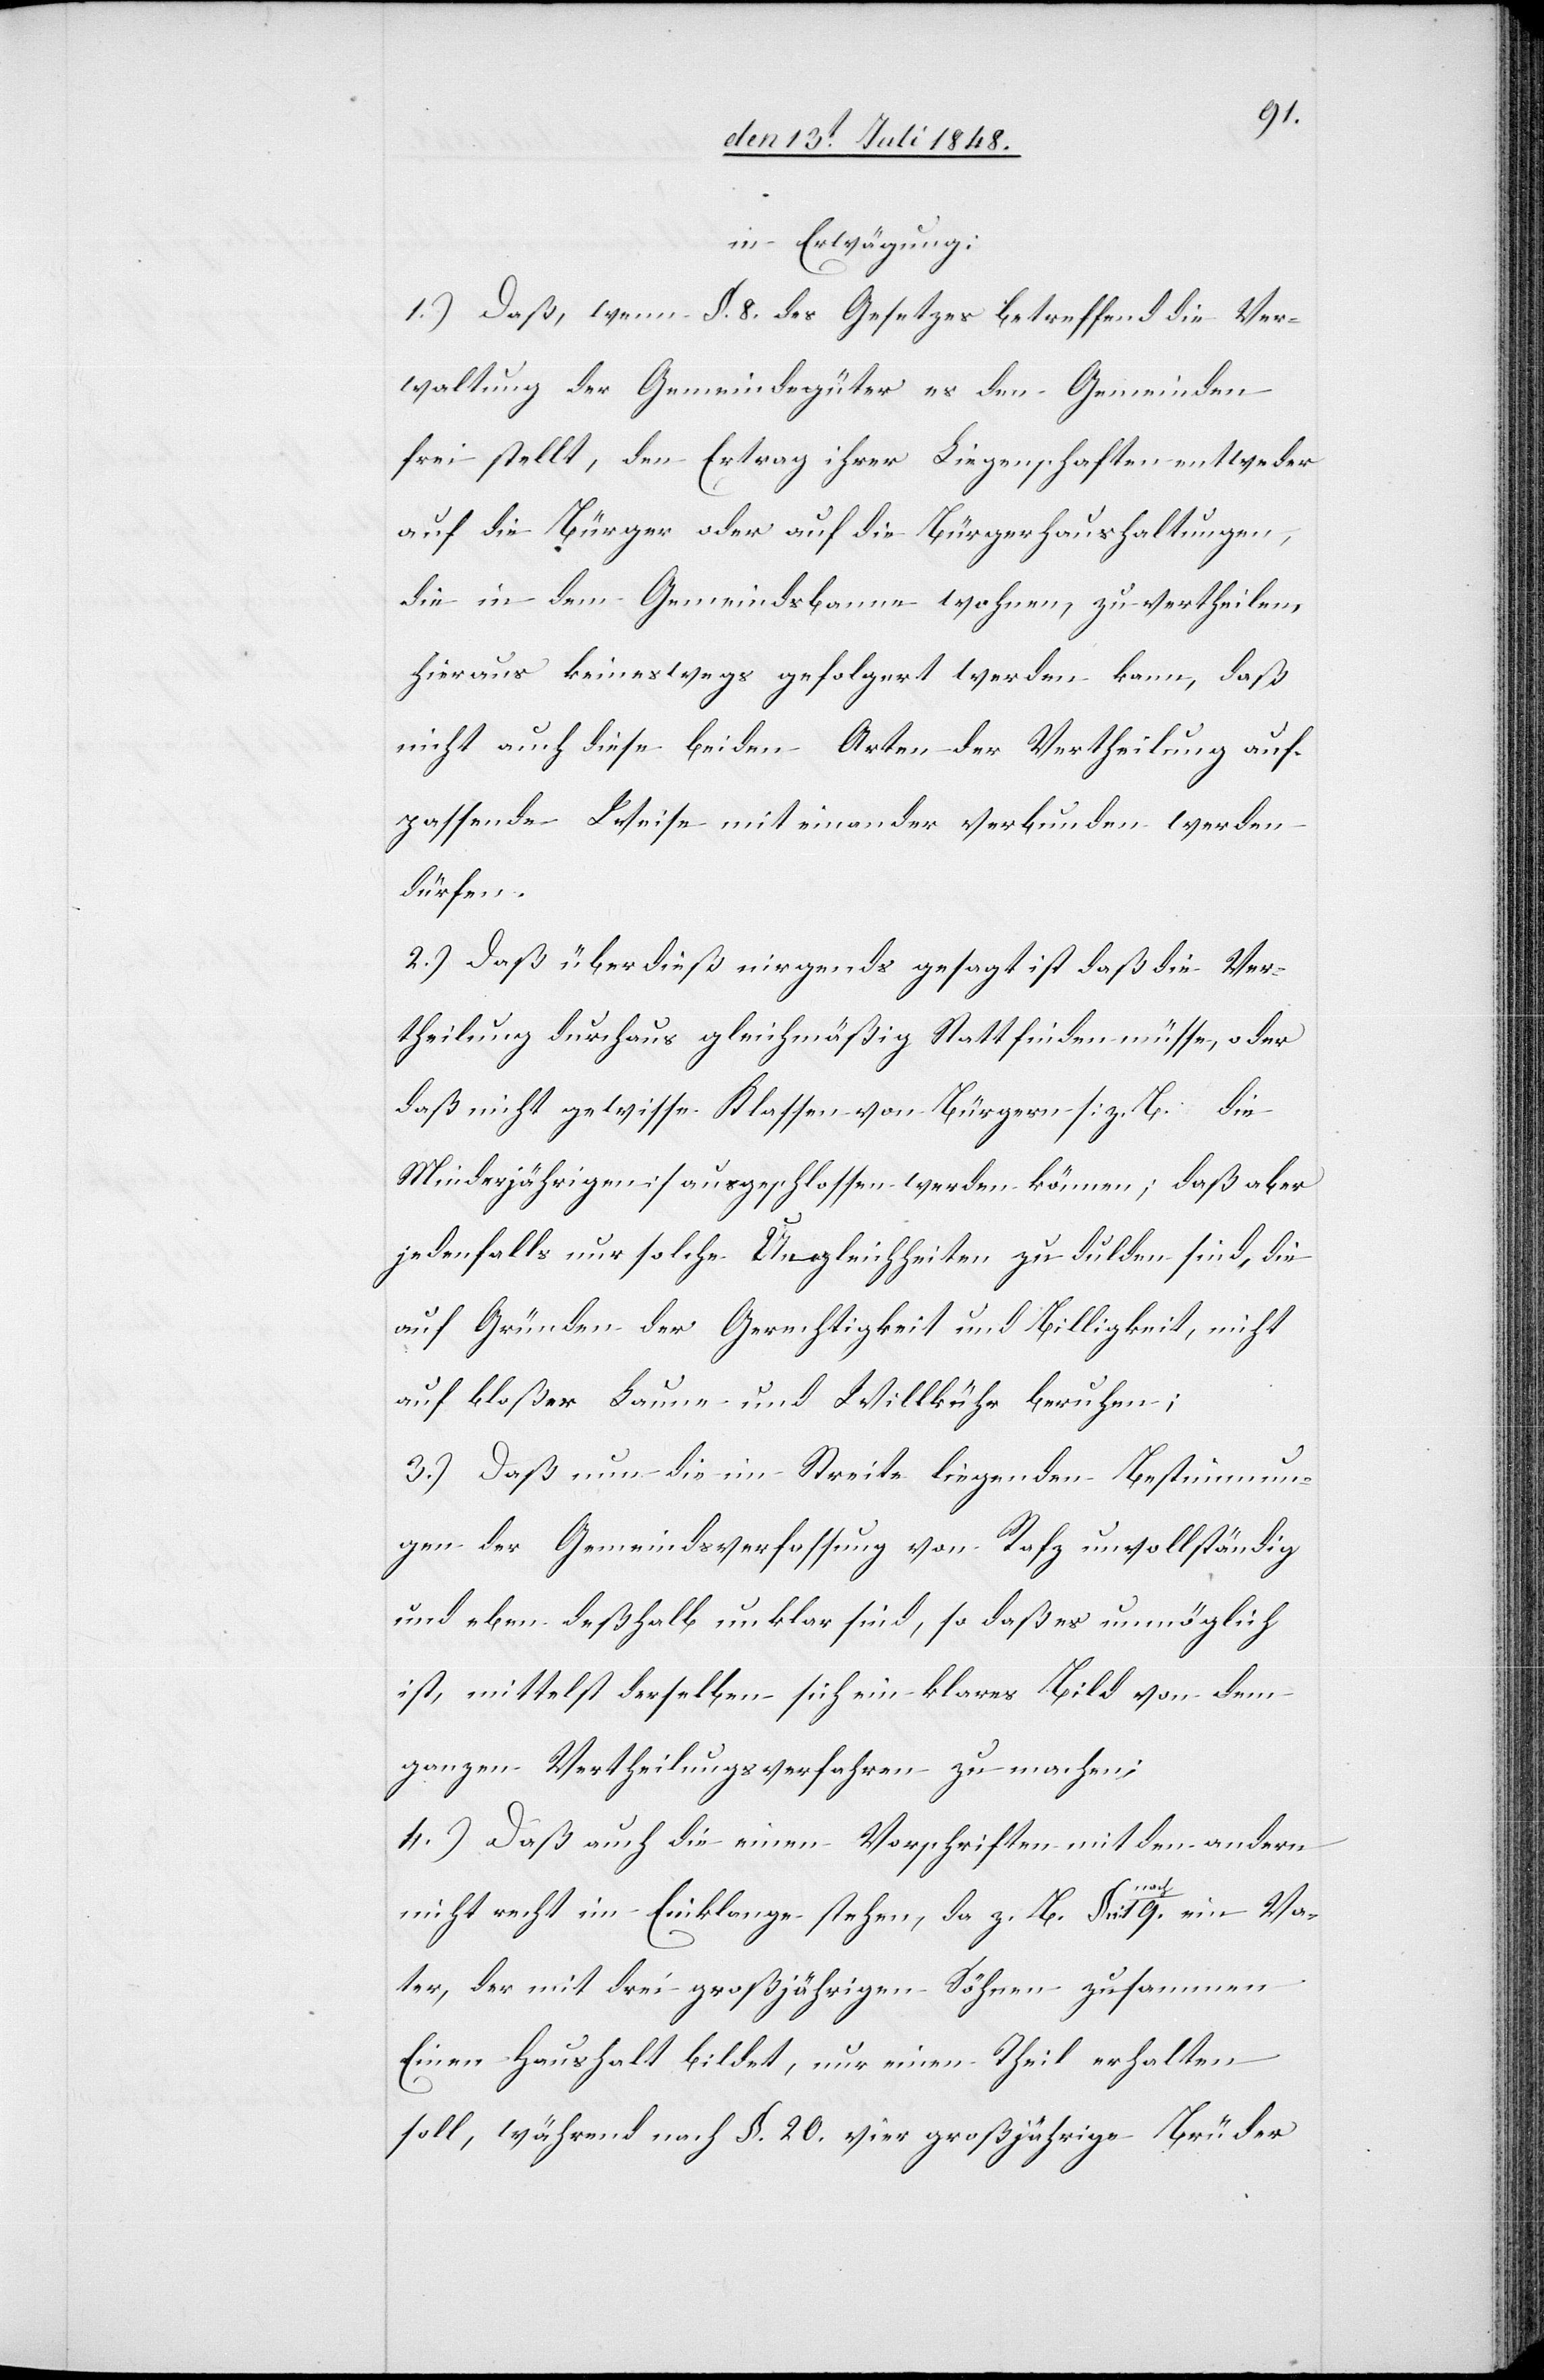
in Erwägung:
1.) Daß, wenn §. 8. des Gesetzes betreffend die Ver¬
waltung der Gemeindegüter es den Gemeinden
frei stellt, den Ertrag ihrer Liegenschaften entweder
auf die Bürger oder auf die Bürgerhaushaltungen,
die in dem Gemeindbanne wohnen, zu vertheilen,
hieraus keineswegs gefolgert werden kann, daß
nicht auch diese beiden Arten der Vertheilung auf
passende Weise mit einander verbunden werden
dürfen.
2.) Daß überdieß nirgends gesagt ist, daß die Ver¬
theilung durchaus gleichmäßig Statt finden müsse, oder
daß nicht gewisse Klassen von Bürgern [z. B. die
Minderjährigen] ausgeschlossen werden können; daß aber
jedenfalls nur solche Ungleichheiten zu dulden sind, die
auf Gründen der Gerechtigkeit und Billigkeit, nicht
auf bloßer Laune und Willkühr beruhen;
3.) Daß nun die im Streite liegenden Bestimmun¬
gen der Gemeindsverfassung von Rafz unvollständig
und eben deßhalb unklar sind, so daß es unmöglich
ist, mittelst derselben sich ein klares Bild von dem
ganzen Vertheilungsverfahren zu machen;
4.) Daß auch die einen Vorschriften mit den andern
nicht recht im Einklange stehen, da z. B. nach §. 19. ein Va¬
ter, der mit drei großjährigen Söhnen zusammen
Einen Haushalt bildet, nur einen Theil erhalten
soll, während nach §. 20. vier großjährige Brüder